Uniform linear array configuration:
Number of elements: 8
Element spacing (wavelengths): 0.5
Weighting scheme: hann
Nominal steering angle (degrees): -15
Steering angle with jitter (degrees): -15.064
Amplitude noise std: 0.05
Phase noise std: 0.05

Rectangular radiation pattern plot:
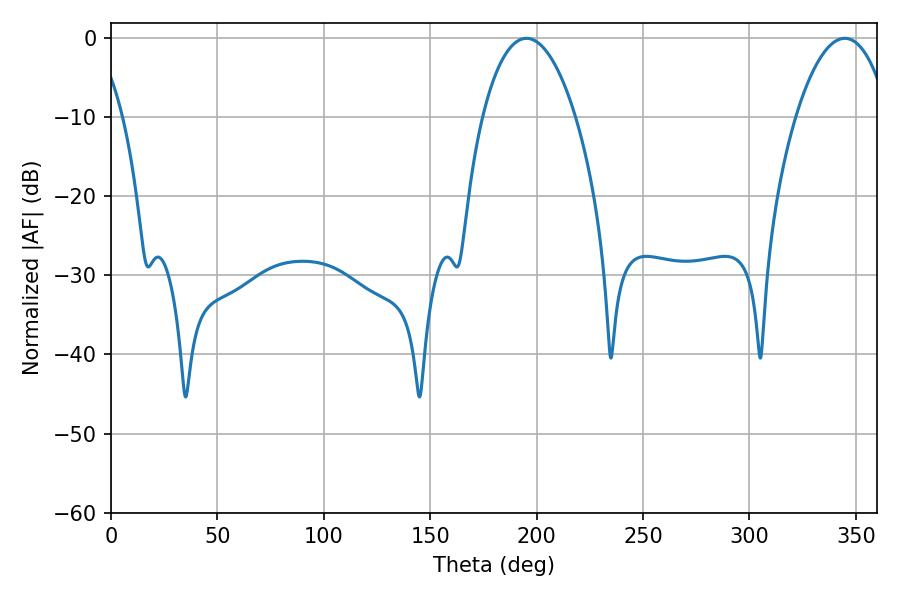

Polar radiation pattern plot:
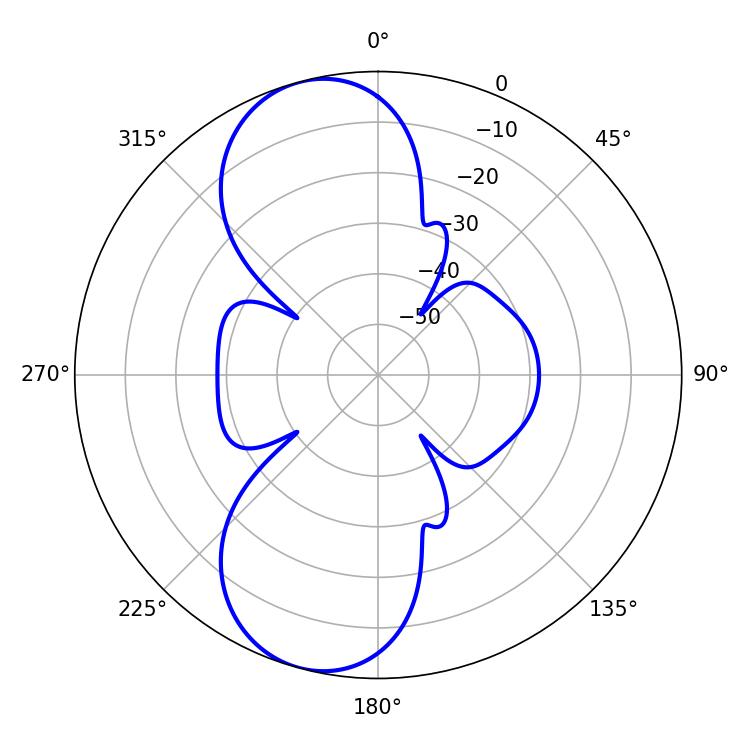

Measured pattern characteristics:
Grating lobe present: FALSE
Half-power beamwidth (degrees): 24.48
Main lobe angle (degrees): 344.7